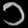
Digit: ၁